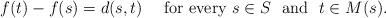
LaTeX: \begin{align*}f(t)-f(s)=d(s,t)\ \ \ \ \mathrm{for\ every}\ s\in S\ \ \mathrm{and}\ \ t\in M(s).\\\end{align*}